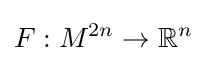
F:M^{2n}\rightarrow \mathbb {R} ^{n}